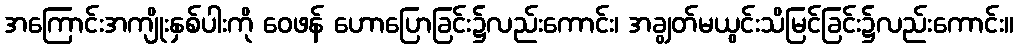
အကြောင်းအကျိုးနှစ်ပါးကို ဝေဖန် ဟောပြောခြင်း၌လည်းကောင်း၊ အချွတ်မယွင်းသိမြင်ခြင်း၌လည်းကောင်း။